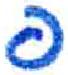
אות: פ